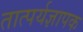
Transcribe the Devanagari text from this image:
तात्पर्यज्ञापक